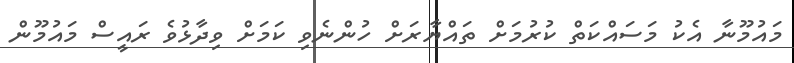
މައުމޫނާ އެކު މަސައްކަތް ކުރުމަށް ތައްޔާރަށް ހުންނެވި ކަމަށް ވިދާޅުވެ ރައީސް މައުމޫން